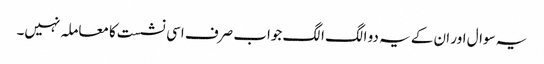
یہ سوال اور ان کے یہ دو الگ الگ جواب صرف اسی نشست کا معاملہ نہیں۔